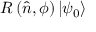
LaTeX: R \left( { \hat { n } } , \phi \right) \left| \psi _ { 0 } \right\rangle